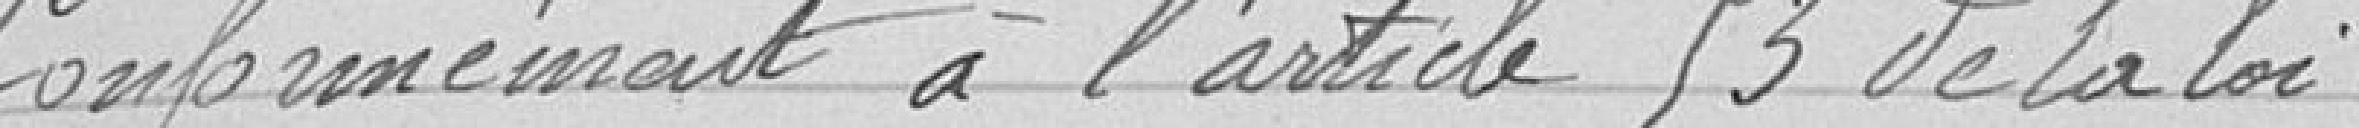
Conformément à l'article 53 de la loi du